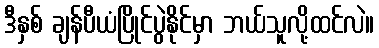
ဒီနှစ် ချန်ပီယံပြိုင်ပွဲနိုင်မှာ ဘယ်သူလို့ထင်လဲ။